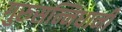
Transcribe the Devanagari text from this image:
गुरुसन्निधानी